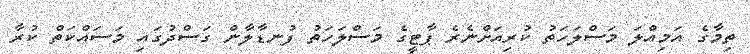
ތިމާގެ އަމިއްލަ މަސްލަހަތު ކުރިއަށްނެރެ ޕާޓީގެ މަސްލަހަތު ފުނޑާލާން ގަސްދުގައި މަސައްކަތް ކުރާ